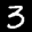
Label: 3